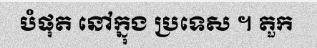
បំផុត នៅក្នុង ប្រទេស ។ តួក